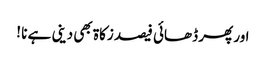
اور پھر ڈھائی فیصد زکاۃ بھی دینی ہے نا !